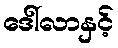
ဒေါ်လာနှင့်